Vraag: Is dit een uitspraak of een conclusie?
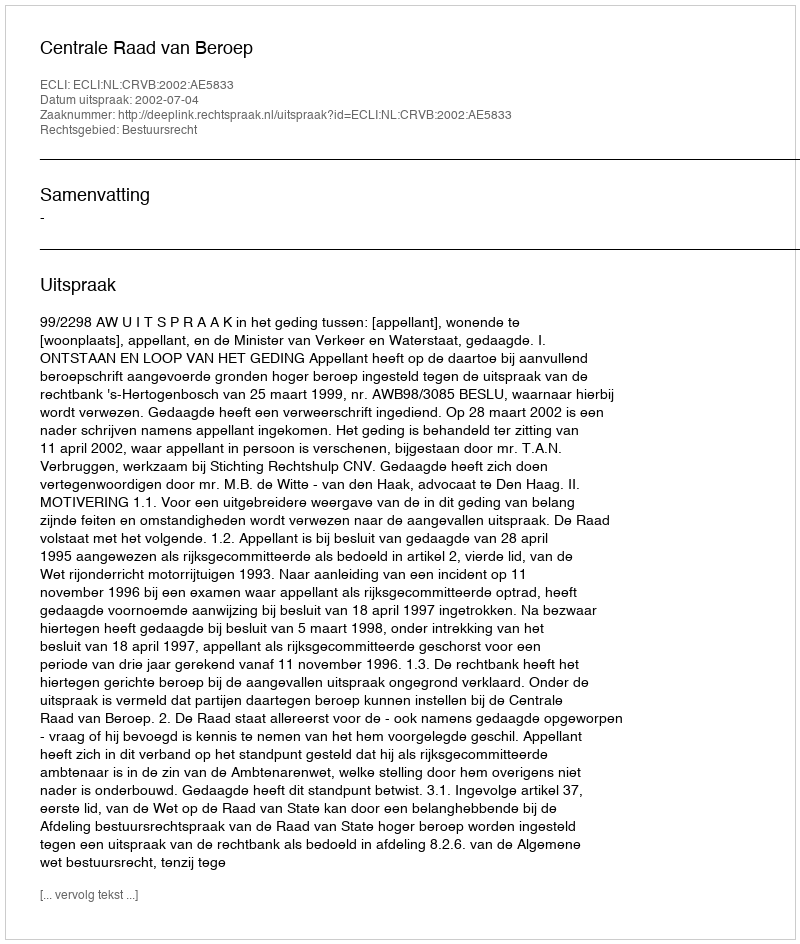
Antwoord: Uitspraak